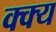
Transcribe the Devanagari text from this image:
क्क्य